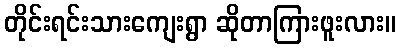
တိုင်းရင်းသားကျေးရွာ ဆိုတာကြားဖူးလား။